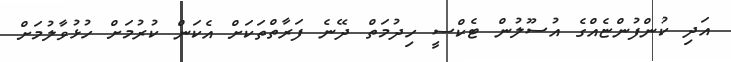
އަދި ކުންފުންޏެއްގެ އުސޫލުން ޓެކްސީ ހިދުމަތް ދޭނެ ފަރާތްތަކަށް އެކަން ކުރުމަށް ހުޅުވާލުމަށް